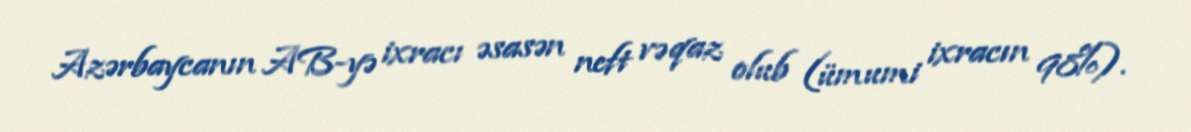
Azərbaycanın AB-yə ixracı əsasən neft və qaz olub (ümumi ixracın 98%).